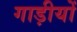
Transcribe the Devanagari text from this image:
गाड़ीयों